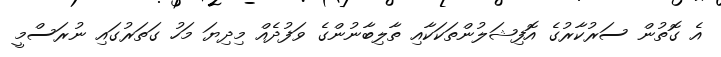
އެ ގޮތުން ސަރުކާރުގެ އޮފިޝަލުންތަކަކާއި ތާލިބާނުންގެ ވަފުދެއް މިދިޔަ މަހު ގަތަރުގައި ނުރަސްމީ